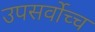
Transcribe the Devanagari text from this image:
उपसर्वोच्च